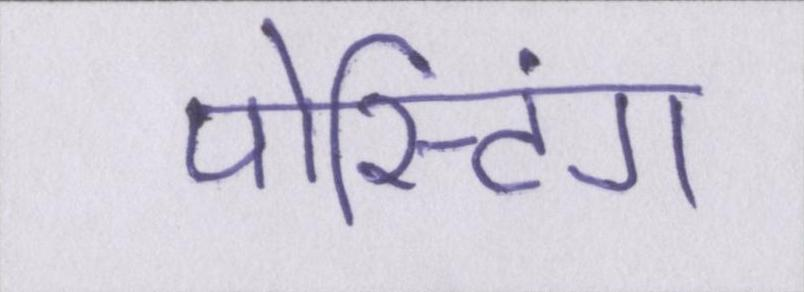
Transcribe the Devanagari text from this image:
पोस्टिंग